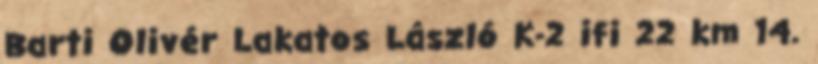
Barti Olivér Lakatos László K-2 ifi 22 km 14.